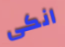
انكى